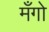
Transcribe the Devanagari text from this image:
मँगो